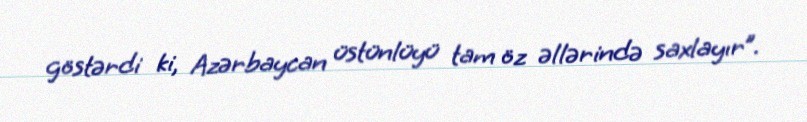
göstərdi ki, Azərbaycan üstünlüyü tam öz əllərində saxlayır”.